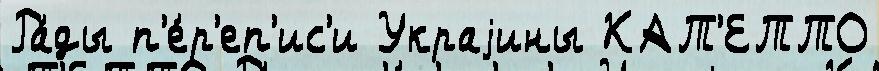
Ра́ды п'е́р'еп'ис'и Украjины КАТ'ЕТТО